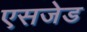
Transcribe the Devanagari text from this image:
एसजेड